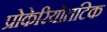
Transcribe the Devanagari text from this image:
प्रोकेरियोतटिक